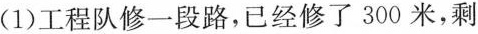
(1)工程队修一段路，已经修了300米，剩